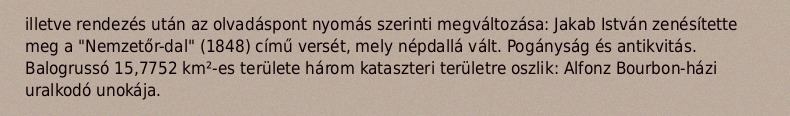
illetve rendezés után az olvadáspont nyomás szerinti megváltozása: Jakab István zenésítette meg a "Nemzetőr-dal" (1848) című versét, mely népdallá vált. Pogányság és antikvitás. Balogrussó 15,7752 km²-es területe három kataszteri területre oszlik: Alfonz Bourbon-házi uralkodó unokája.